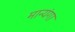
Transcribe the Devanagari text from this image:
मान्यंगा